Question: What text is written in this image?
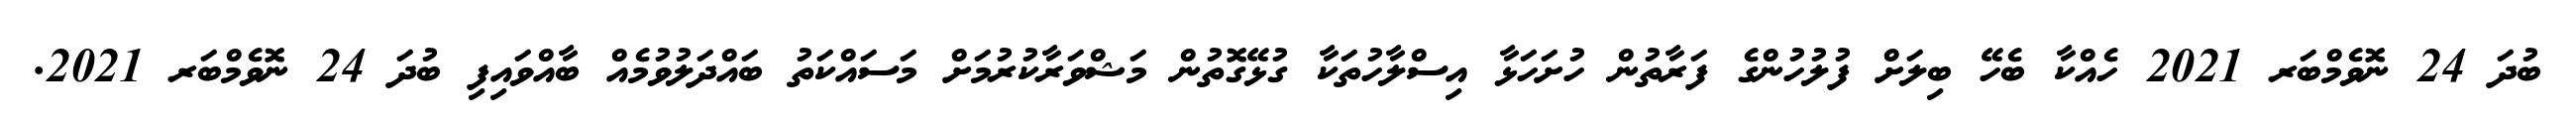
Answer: ބުދަ 24 ނޮވެމްބަރ 2021 ހެއްކާ ބެހޭ ބިލަށް ފުލުހުންގެ ފަރާތުން ހުށަހަޅާ އިސްލާހުތަކާ ގުޅޭގޮތުން މަޝްވަރާކުރުމަށް މަސައްކަތު ބައްދަލުވުމެއް ބާއްވައިފި ބުދަ 24 ނޮވެމްބަރ 2021.